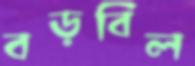
বড়বিল